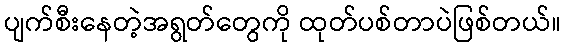
ပျက်စီးနေတဲ့အရွတ်တွေကို ထုတ်ပစ်တာပဲဖြစ်တယ်။